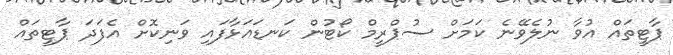
ޕާޓީތައް އުވާ ނުލެވޭނެ ކަމަށް ސުޕްރީމް ކޯޓުން ކަނޑައަޅާފައި ވަނިކޮށް އެފަދަ ޕާޓީތައް